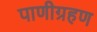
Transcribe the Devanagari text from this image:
पाणीग्रहण